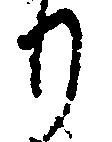
り